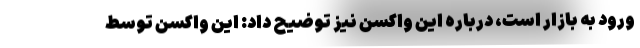
ورود به بازار است، درباره این واکسن نیز توضیح داد: این واکسن توسط